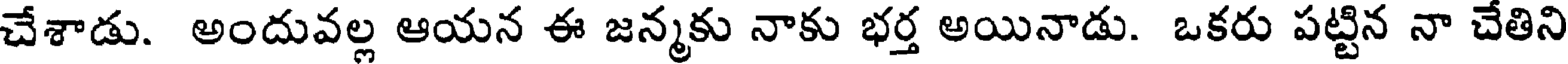
చేశాడు. అందువల్ల ఆయన ఈ జన్మకు నాకు భర్త అయినాడు. ఒకరు పట్టిన నా చేతిని